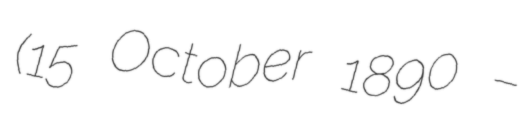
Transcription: (15 October 1890 –